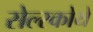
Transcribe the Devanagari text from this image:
सेल्स्कोये